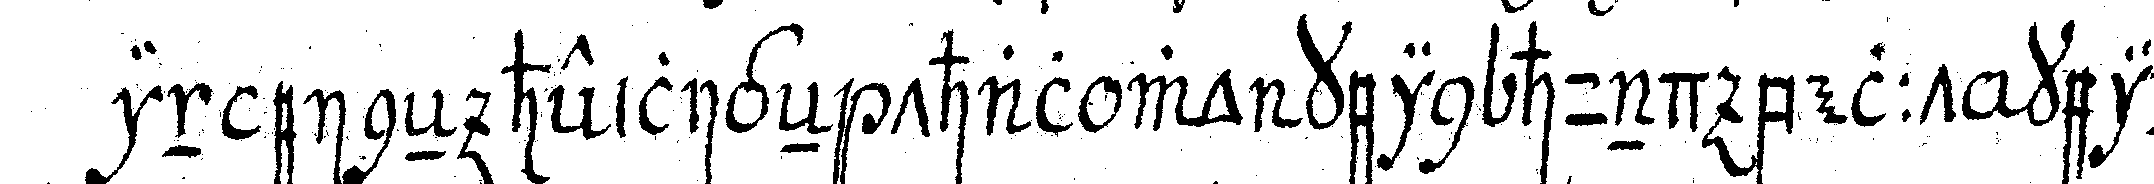
in eineN heiligeN thal wo kein hund bellt kein